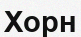
Хорн